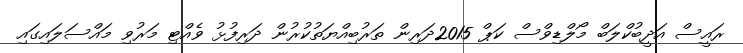
ރައީސް އަދީބުކްލަބް މޯލްޑިވްސް ކަޕް 2015ދަރިން ތަރުބިއްޔަތުކުރުން ދަރިފުޅު ވެއްޓި މަރުވި މައްސަލައިގައި